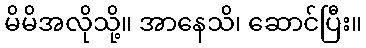
မိမိအလိုသို့။ အာနေသိ၊ ဆောင်ပြီး။